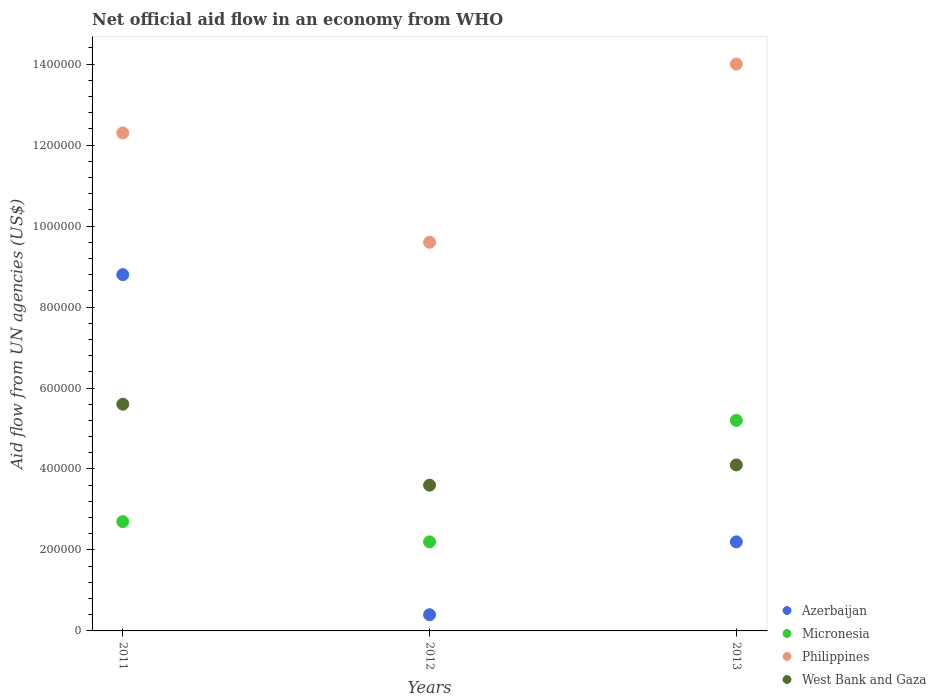
| Years | Azerbaijan | Micronesia | Philippines | West Bank and Gaza |
 | --- | --- | --- | --- | --- |
 | 2011 | 8.8e+05 | 2.7e+05 | 1.23e+06 | 5.6e+05 |
 | 2012 | 4e+04 | 2.2e+05 | 9.6e+05 | 3.6e+05 |
 | 2013 | 2.2e+05 | 5.2e+05 | 1.4e+06 | 4.1e+05 |